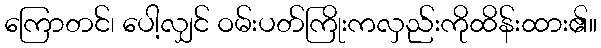
ကြောတင်၊ ပေါ့လျှင် ဝမ်းပတ်ကြိုးကလှည်းကိုထိန်းထား၏။